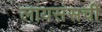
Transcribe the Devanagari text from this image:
लायसंसची